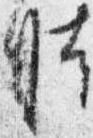
時